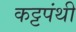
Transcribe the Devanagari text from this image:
कट्टपंथी